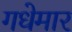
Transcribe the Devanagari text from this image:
गधेमार